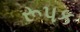
રૂપક